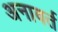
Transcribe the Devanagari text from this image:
अनावर्त